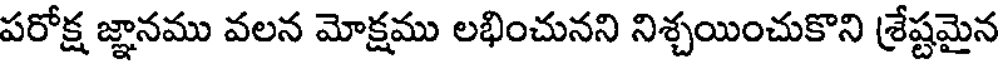
పరోక్ష జ్ఞానము వలన మోక్షము లభించునని నిశ్చయించుకొని శ్రేష్టమైన